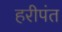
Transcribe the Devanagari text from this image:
हरीपंत